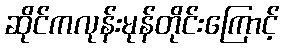
ဆိုင်ကလုန်းမုန်တိုင်းကြောင့်